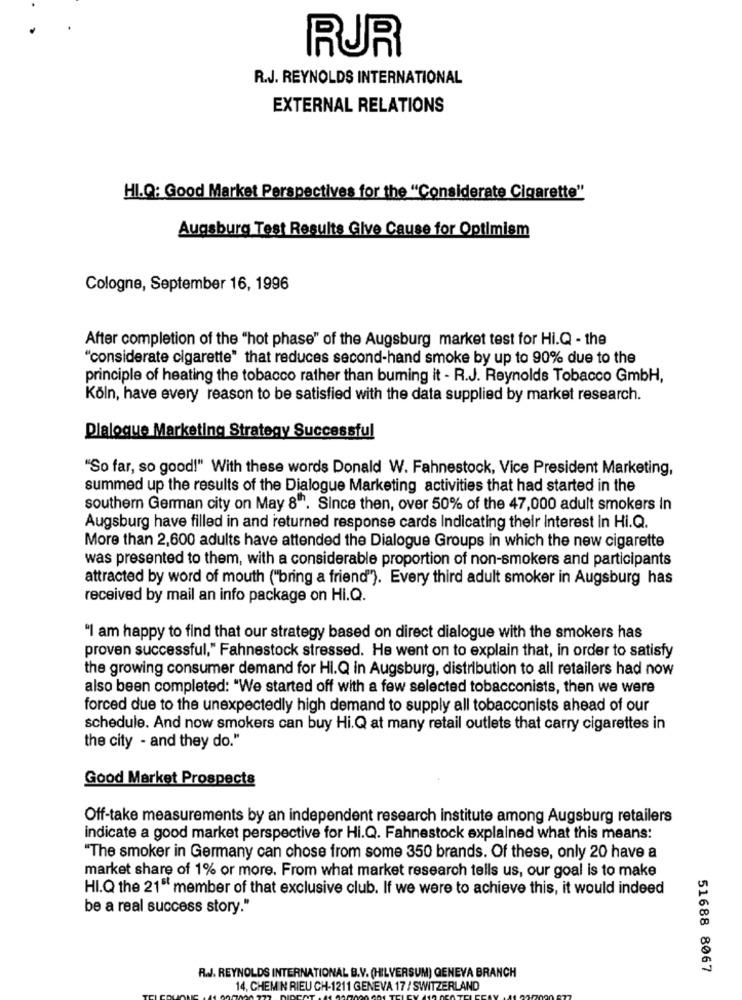
RUR
R.J. REYNOLDS INTERNATIONAL
EXTERNAL RELATIONS
HI.Q: Good Market Perspectives for the "Considerate Cigarette"
Augsburg Test Results Give Cause for Optimism
Cologne, September 16, 1996
After completion of the "hot phase" of the Augsburg market test for Hi.Q - the
"considerate cigarette" that reduces second-hand smoke by up to 90% due to the
principle of heating the tobacco rather than buming it - R.J. Reynolds Tobacco GmbH,
Köln, have every reason to be satisfied with the data supplied by market research.
Dialogue Marketing Strategy Successful
"So far, so good!" With these words Donald W. Fahnestock, Vice President Marketing,
summed up the results of the Dialogue Marketing activities that had started in the
southern German city on May 8"". Since then, over 50% of the 47,000 adult smokers In
Augsburg have filled in and returned response cards Indicating their interest in Hi.Q.
More than 2,600 adults have attended the Dialogue Groups in which the new cigarette
was presented to them, with a considerable proportion of non-smokers and participants
attracted by word of mouth ("bring a friend"). Every third adult smoker in Augsburg has
received by mail an info package on Hi.Q.
"I am happy to find that our strategy based on direct dialogue with the smokers has
proven successful," Fahnestock stressed. He went on to explain that, in order to satisfy
the growing consumer demand for HI.Q in Augsburg, distribution to all retailers had now
also been completed: "We started off with a few selected tobacconists, then we were
forced due to the unexpectedly high demand to supply all tobacconists ahead of our
schedule. And now smokers can buy Hi.Q at many retail outlets that carry cigarettes in
the city - and they do."
Good Market Prospects
Off-take measurements by an independent research institute among Augsburg retailers
indicate a good market perspective for Hi.Q. Fahnestock explained what this means:
"The smoker in Germany can chose from some 350 brands. Of these, only 20 have a
market share of 1% or more. From what market research tells us, our goal is to make
HI.Q the 21" member of that exclusive club. If we were to achieve this, it would indeed
be a real success story."
51688 8067
R.l. REYNOLDS INTERNATIONAL B.V. (HILVERSUM) GENEYA BRANCH
14, CHEMIN RIEU CH-1211 GENEVA 17 / SWITZERLAND